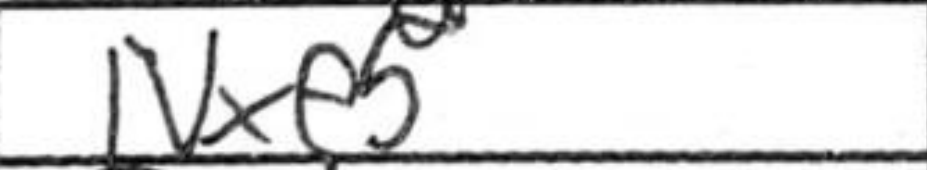
Transcription: Nxe5